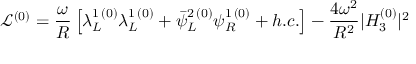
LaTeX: \mathcal { L } ^ { ( 0 ) } = \frac { \omega } { R } \left[ \lambda _ { L } ^ { 1 \, ( 0 ) } \lambda _ { L } ^ { 1 \, ( 0 ) } + \bar { \psi } _ { L } ^ { 2 \, ( 0 ) } \psi _ { R } ^ { 1 \, ( 0 ) } + h . c . \right] - \frac { 4 \omega ^ { 2 } } { R ^ { 2 } } | H _ { 3 } ^ { ( 0 ) } | ^ { 2 }